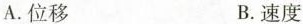
A. 位移 B. 速度